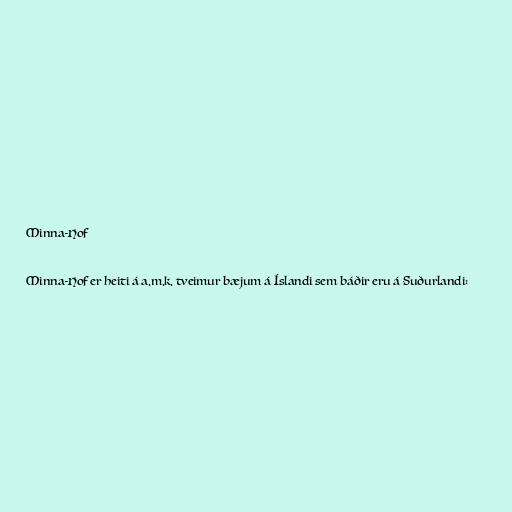
Minna-Hof

Minna-Hof er heiti á a.m.k. tveimur bæjum á Íslandi sem báðir eru á Suðurlandi: